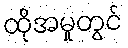
ထိုအမှုတွင်